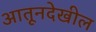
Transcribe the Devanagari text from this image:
आतूनदेखील